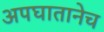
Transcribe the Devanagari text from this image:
अपघातानेच